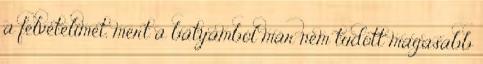
a felvételimet, mert a bátyámból már nem tudott magasabb